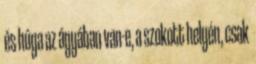
és húga az ágyában van-e, a szokott helyén, csak